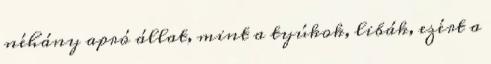
néhány apró állat, mint a tyúkok, libák, ezért a